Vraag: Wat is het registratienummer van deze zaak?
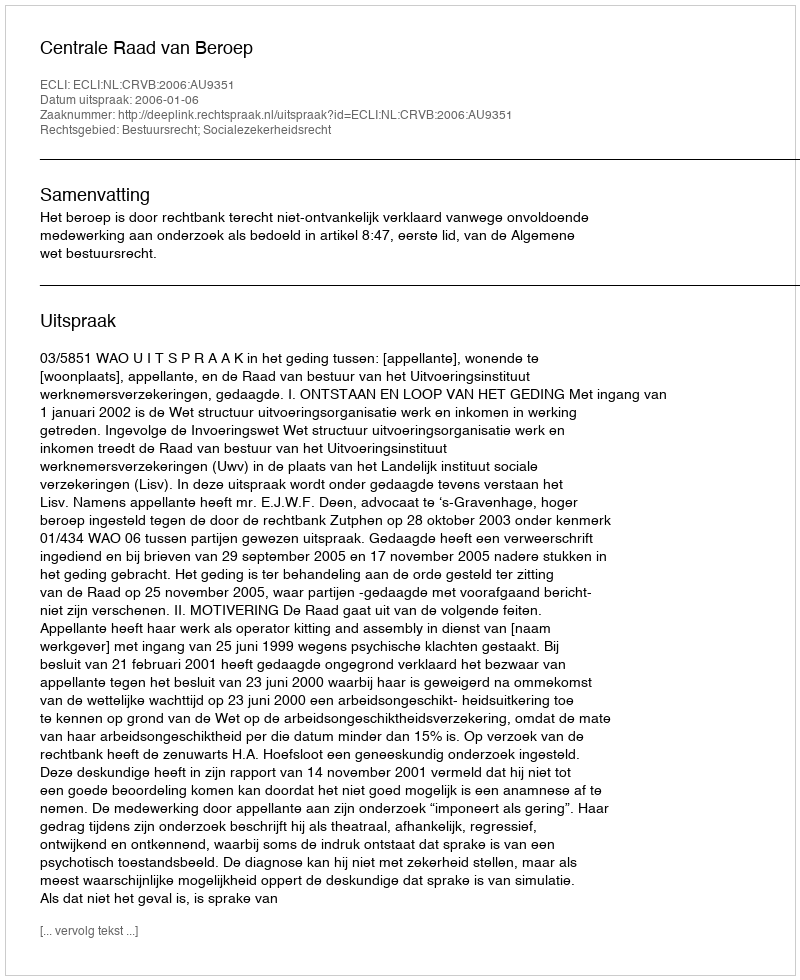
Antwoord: http://deeplink.rechtspraak.nl/uitspraak?id=ECLI:NL:CRVB:2006:AU9351